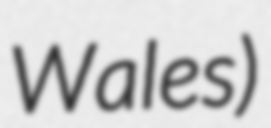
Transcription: Wales)